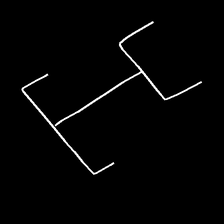
Glyph: entwine